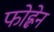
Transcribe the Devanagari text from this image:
फोह्लेन